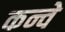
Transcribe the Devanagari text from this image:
कन्वे